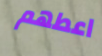
اعطهم